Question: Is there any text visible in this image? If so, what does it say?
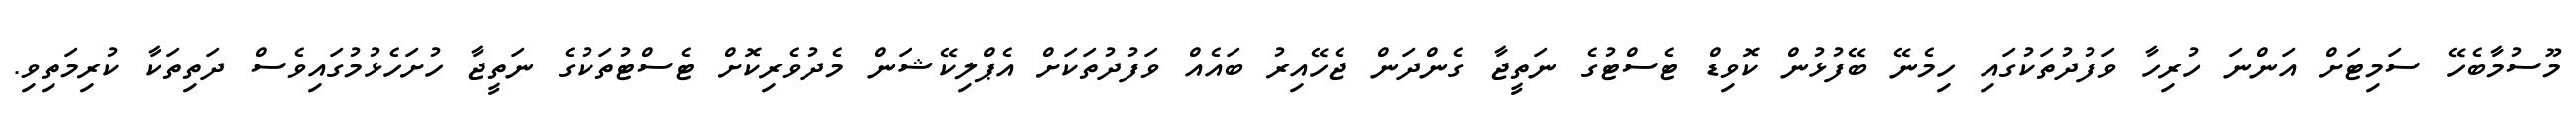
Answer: މޫސުމާބެހޭ ސަމިޓަށް އަންނަ ހުރިހާ ވަފުދުތަކުގައި ހިމެނޭ ބޭފުޅުން ކޮވިޑް ޓެސްޓުގެ ނަތީޖާ ގެންދަން ޖެހޭއިރު ބައެއް ވަފުދުތަކަށް އެޕްލިކޭޝަން މެދުވެރިކޮށް ޓެސްޓުތަކުގެ ނަތީޖާ ހުށަހެޅުމުގައިވެސް ދަތިތަކާ ކުރިމަތިވި.